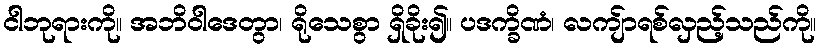
ငါဘုရားကို။ အဘိဝါဒေတွာ၊ ရိုသေစွာ ရှိခိုး၍။ ပဒက္ခိဏံ၊ လကျ်ာရစ်လှည့်သည်ကို။